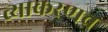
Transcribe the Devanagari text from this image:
व्याकरणच